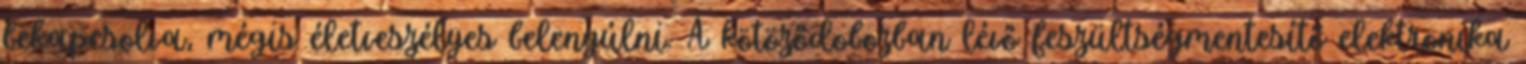
bekapcsolva, mégis életveszélyes belenyúlni. A kötöződobozban lévő feszültségmentesítő elektronika